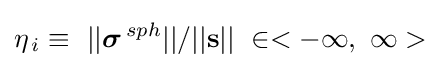
{{\eta }_{\,i}}\equiv \ ||{{\boldsymbol {\sigma }}^{\,sph}}||/||\mathbf {s} ||\ \in <-\infty ,\ \infty >